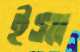
ইসা